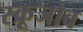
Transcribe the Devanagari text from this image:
स्क्रूजोब